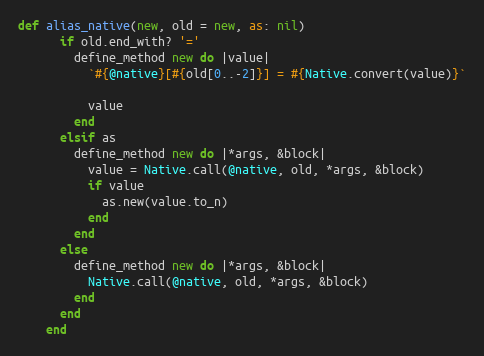
Language: Ruby
def alias_native(new, old = new, as: nil)
      if old.end_with? '='
        define_method new do |value|
          `#{@native}[#{old[0..-2]}] = #{Native.convert(value)}`

          value
        end
      elsif as
        define_method new do |*args, &block|
          value = Native.call(@native, old, *args, &block)
          if value
            as.new(value.to_n)
          end
        end
      else
        define_method new do |*args, &block|
          Native.call(@native, old, *args, &block)
        end
      end
    end